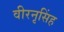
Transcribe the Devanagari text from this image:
वीरनृसिंह